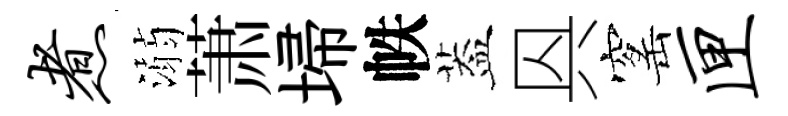
煮溺萧埽帙葢㒷窰匣